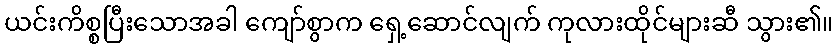
ယင်းကိစ္စပြီးသောအခါ ကျော်စွာက ရှေ့ဆောင်လျက် ကုလားထိုင်များဆီ သွား၏။